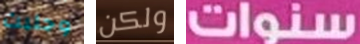
وجلبت ولكن سنوات